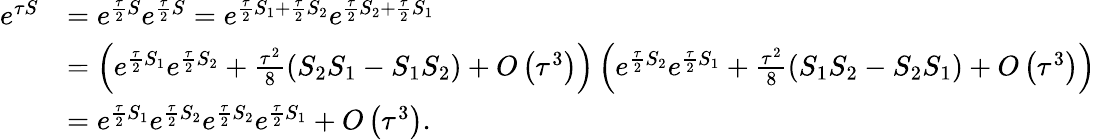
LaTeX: \begin{array}{rl}{e^{\tau S}}&{=e^{\frac{\tau}{2}S}e^{\frac{\tau}{2}S}=e^{\frac{\tau}{2}S_{1}+\frac{\tau}{2}S_{2}}e^{\frac{\tau}{2}S_{2}+\frac{\tau}{2}S_{1}}}\\ &{=\left(e^{\frac{\tau}{2}S_{1}}e^{\frac{\tau}{2}S_{2}}+\frac{\tau^{2}}{8}\left(S_{2}S_{1}-S_{1}S_{2}\right)+O\left(\tau^{3}\right)\right)\left(e^{\frac{\tau}{2}S_{2}}e^{\frac{\tau}{2}S_{1}}+\frac{\tau^{2}}{8}\left(S_{1}S_{2}-S_{2}S_{1}\right)+O\left(\tau^{3}\right)\right)}\\ &{=e^{\frac{\tau}{2}S_{1}}e^{\frac{\tau}{2}S_{2}}e^{\frac{\tau}{2}S_{2}}e^{\frac{\tau}{2}S_{1}}+O\left(\tau^{3}\right).}\end{array}